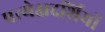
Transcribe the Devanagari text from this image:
प्रत्येक्षदर्शियों